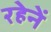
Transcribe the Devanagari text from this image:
रहेनें